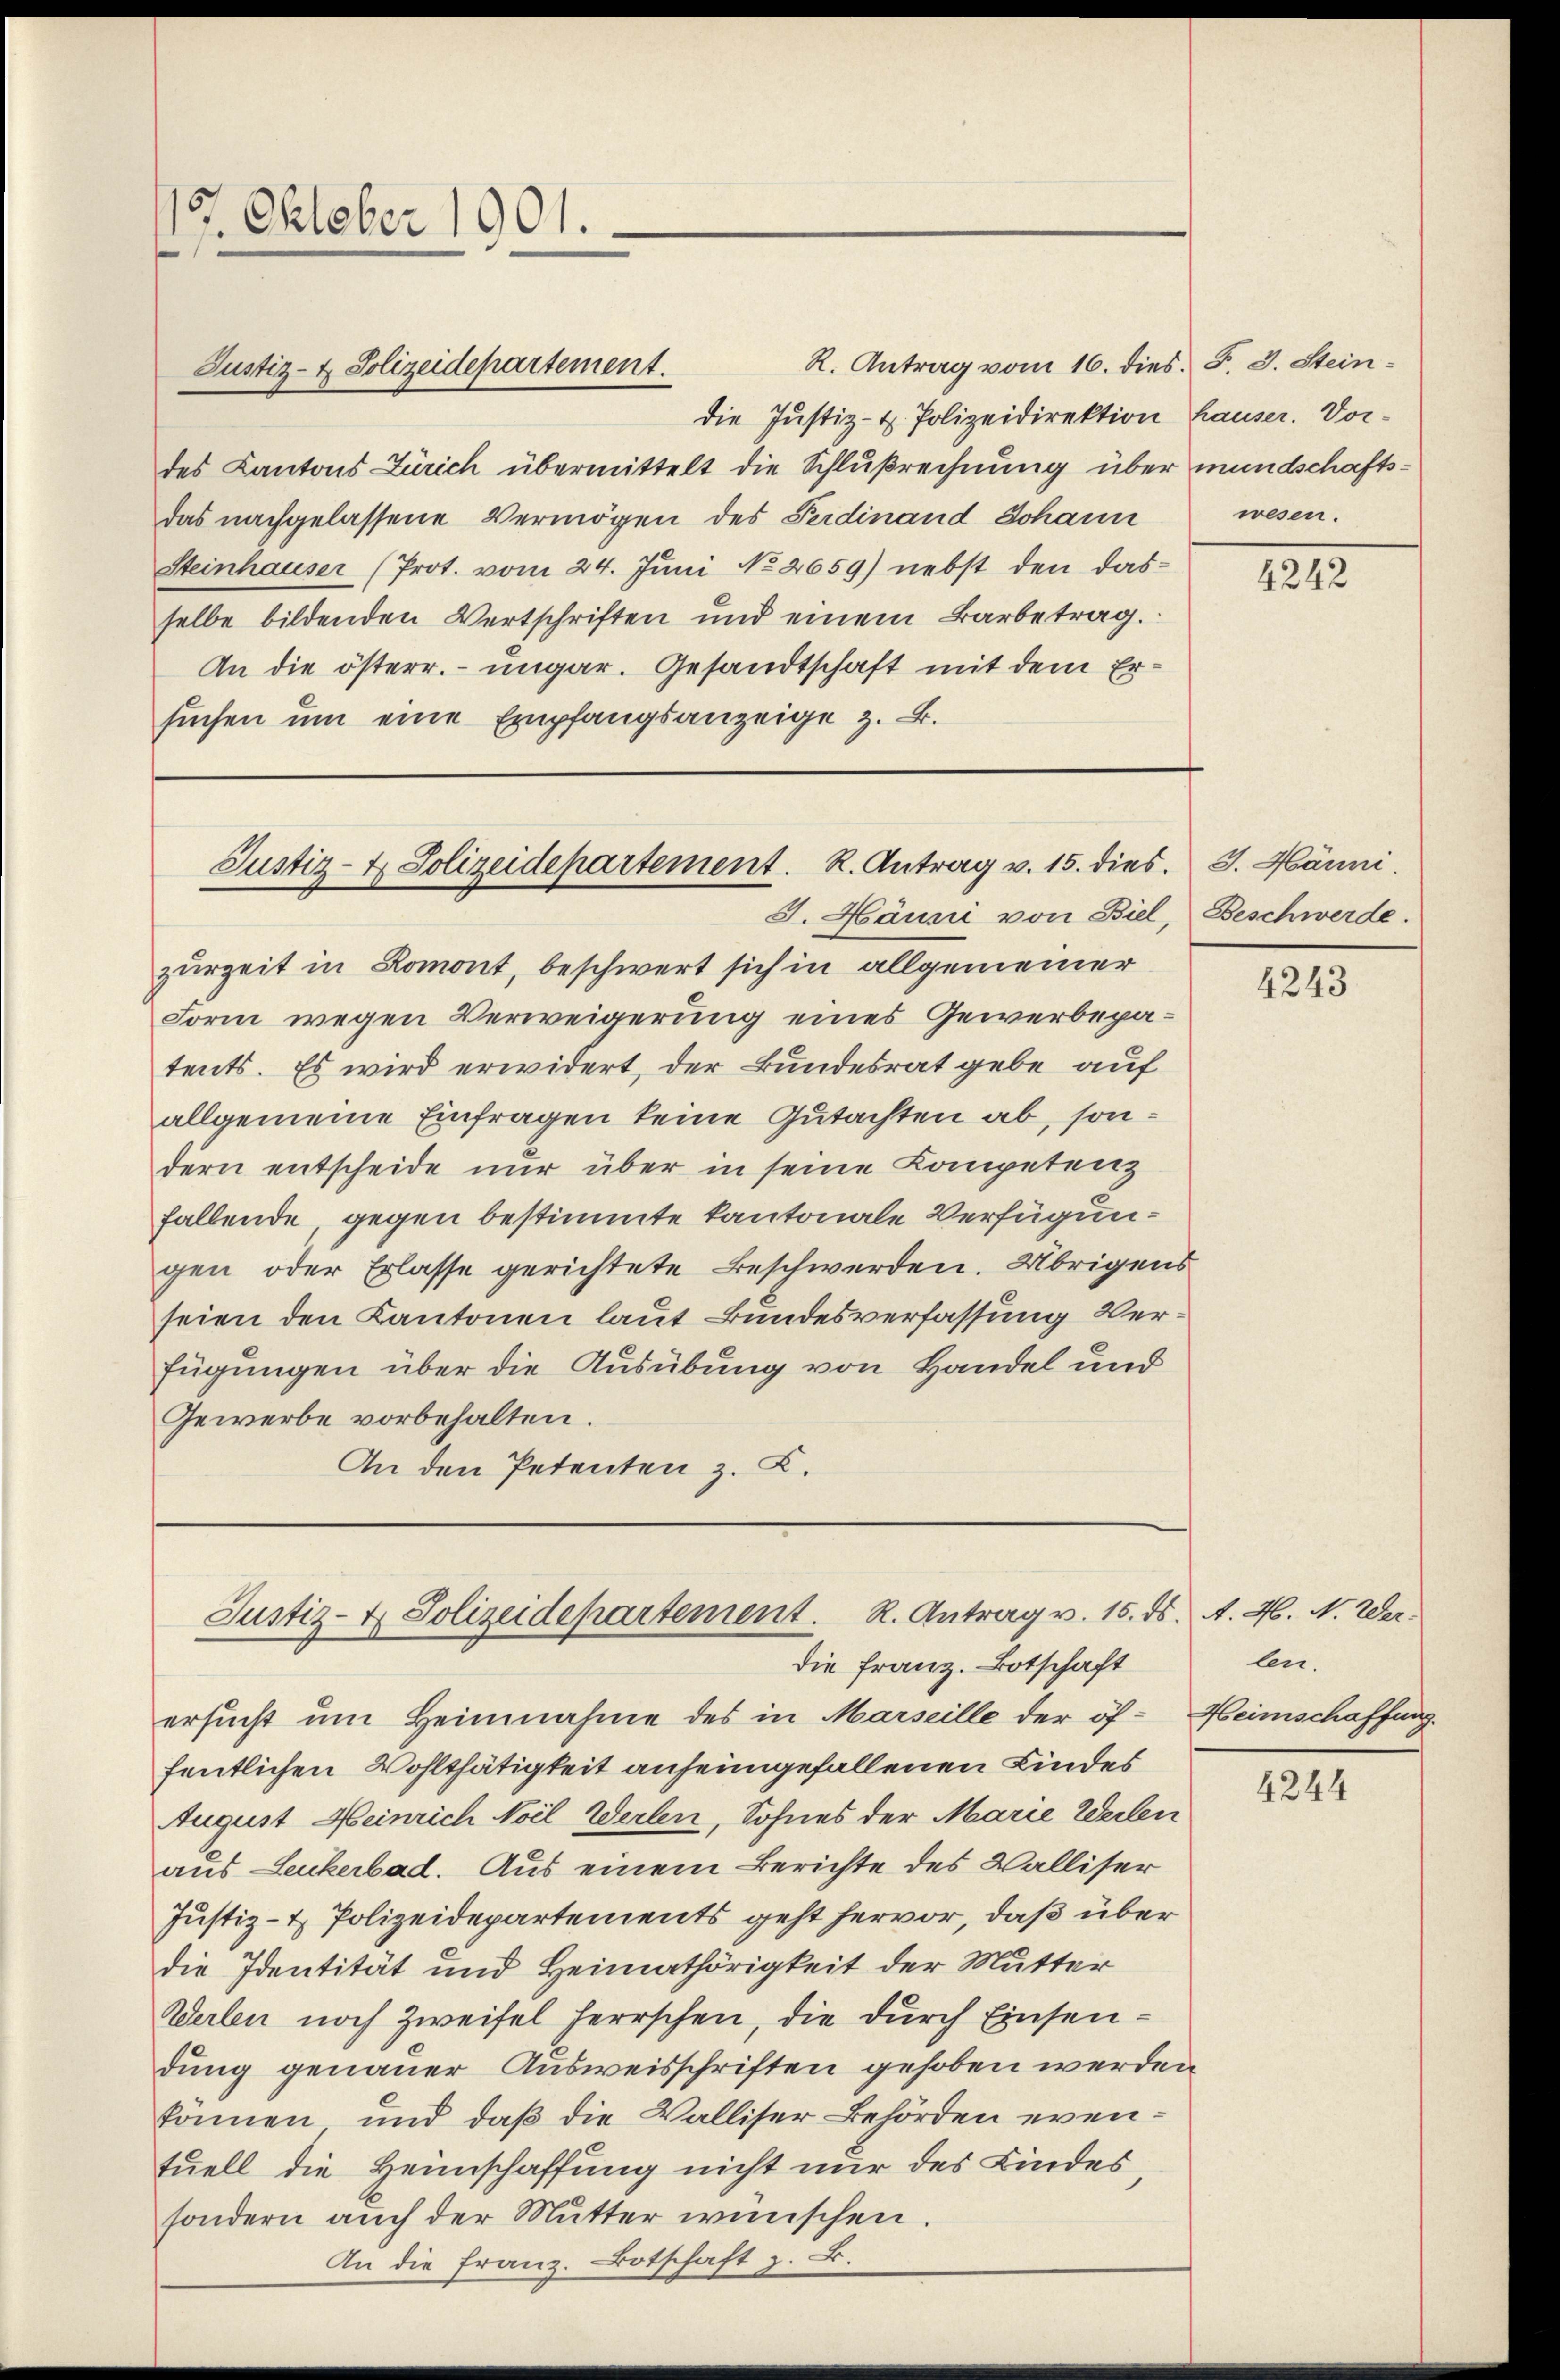
5 Oktober 1901.
¬
e

Justiz- & Polizeidepartement.

R. Antrag vom 16. dies. S. 3. Stein-
die Justiz- & Polizeidirektion
des Kantons Zürich übermittelt die Schlußrechnung über mundschaftsdas nachgelassene Vermögen des Ferdinand Johann
Steinhauser (Prot. vom 24. Juni No 2659) nebst den dasselbe bildenden Wertschriften und einem Barbetrag.
An die österr. ungar. Gesandtschaft mit dem Ersuchen um eine Empfangsanzeige z. B.

J. Hänni von Biel, Beschwerde.
zurzeit in Romont, beschwert sich in allgemeiner
Form wegen Verweigerung eines Gewerbepatents. Es wird erwidert, der Bundesrat gebe auf
allgemeine Einfragen keine Gutachten ab, sondern entscheide nur über in seine Kompetenz
fallende, gegen bestimmte Kantonale Verfügungen oder Erlasse gerichtete Beschwerden. Übrigens
seien den Kantonen laut Bundesverfassung Verfügungen über die Ausübung von Handel und
Gewerbe vorbehalten.
An den Petenten z. B.

Justiz- & Polizeidepartement. R. Antrag v. 15. dies. J. Hänni.

Justiz- & Polizeidepartement. R. Antrag v. 15. ds. A. H. N. Werdie Franz. Botschaft

ersucht ŭm Heinnahme des in Marseille der öf-Heimschaffung
fentlichen Wohlthätigkeit anheimgefallenen Kindes
August Meinrich Noil Werten, Sohnes der Marie Weilen
aus Leukerbad. Aus einem Berichte des Walliser
Justiz- & Polizeidepartements geht hervor, daß über
die Identität und Heimathörigkeit der Mutter
Werlen noch Zweifel herrschen, die durch Einsendung genauer Ausweisschriften gehoben werden
können und daß die Walliser Behörden eventuell die Heimschaffung nicht nur des Kindessondern auch der Mutter wünschen.
An die Franz. Botschaft z. B.

hauser. Vorwesen.

4242

4243

len.

4244